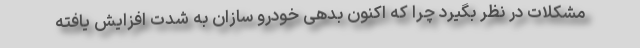
مشکلات در نظر بگیرد چرا که اکنون بدهی خودرو سازان به شدت افزایش یافته